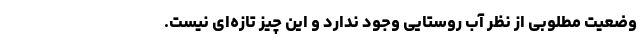
وضعیت مطلوبی از نظر آب روستایی وجود ندارد و این چیز تازه‌ای نیست.